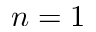
n = 1